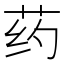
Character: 药